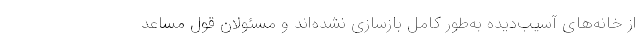
از خانه‌های آسیب‌دیده به‌طور کامل بازسازی نشده‌اند و مسئولان قول مساعد